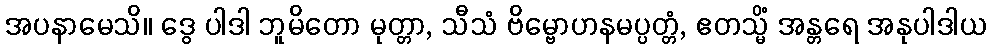
အပနာမေသိ။ ဒွေ ပါဒါ ဘူမိတော မုတ္တာ, သီသံ ဗိမ္ဗောဟနမပ္ပတ္တံ, ဧတသ္မိံ အန္တရေ အနုပါဒါယ